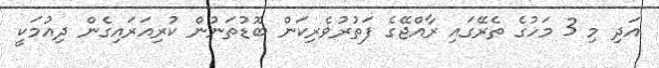
އަދި މި 3 މަހުގެ ތެރޭގައި ރާއްޖޭގެ ފަތުރުވެރިކަން ބޮޑުތަނުން ކުރިއަރައިގެން ދިއުމަކީ